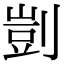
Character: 剴